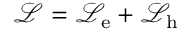
\mathcal { L } = \mathcal { L } _ { \mathrm { e } } + \mathcal { L } _ { \mathrm { h } }